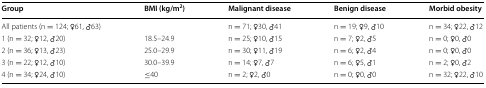
| Group | BMI (kg/m2) | Malignant disease | Benign disease | Morbid obesity |
 | --- | --- | --- | --- | --- |
 | All patients (n = 124; ♀61, ♂63) |  | n = 71; ♀30, ♂41 | n = 19; ♀9, ♂10 | n = 34; ♀22, ♂12 |
 | 1 (n = 32; ♀12, ♂20) | 18.5–24.9 | n = 25; ♀10, ♂15 | n = 7; ♀2, ♂5 | n = 0; ♀0, ♂0 |
 | 2 (n = 36; ♀13, ♂23) | 25.0–29.9 | n = 30; ♀11, ♂19 | n = 6; ♀2, ♂4 | n = 0; ♀0, ♂0 |
 | 3 (n = 22; ♀12, ♂10) | 30.0–39.9 | n = 14; ♀7, ♂7 | n = 6; ♀5, ♂1 | n = 2; ♀0, ♂2 |
 | 4 (n = 34; ♀24, ♂10) | ≤40 | n = 2; ♀2, ♂0 | n = 0; ♀0, ♂0 | n = 32; ♀22, ♂10 |